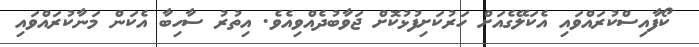
ކޯފާއިސްކުރައްވައި އެކަލޭގެއަށް ހަރުކަށިފުޅުކޮށް ޖަވާބުދެއްވިއެވެ. އިތުރު ސާހިބާ އެކަން މަނާކުރައްވައި